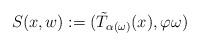
LaTeX: \begin{align*}S(x,w):=(\tilde T_{\alpha(\omega)}(x),\varphi\omega)\end{align*}